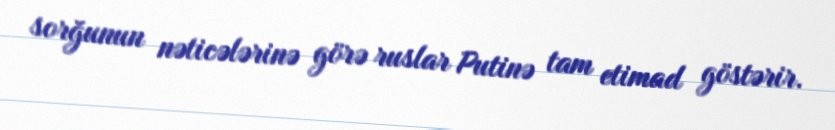
sorğunun nəticələrinə görə ruslar Putinə tam etimad göstərir.